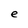
Character: e